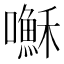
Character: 𫬥